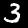
Label: 3